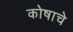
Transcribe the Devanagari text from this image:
कोषाचे